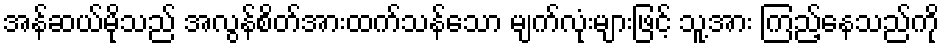
အန်ဆယ်မိုသည် အလွန်စိတ်အားထက်သန်သော မျက်လုံးများဖြင့် သူ့အား ကြည့်နေသည်ကို